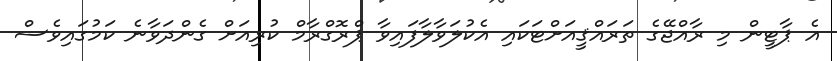
އެ ޕާޓީން މި ރާއްޖޭގެ ތަރައްޤީއަށްޓަކައި އެކުލަވާލާފައިވާ ޕްރޮގްރާމް ކުރިއަށް ގެންދަވާނެ ކަމުގައިވެސް